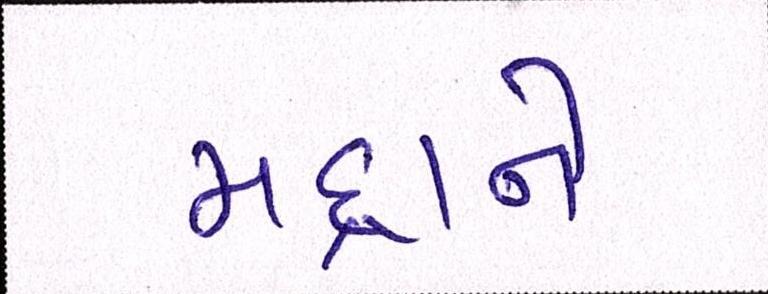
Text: મદ્દાને